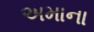
અમાના